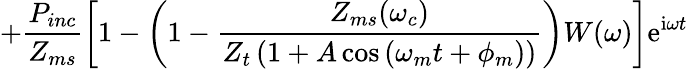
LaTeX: +\frac{P_{inc}}{Z_{ms}}\left[1-\left(1-\frac{Z_{ms}(\omega_{c})}{Z_{t}\left(1+A\cos\left(\omega_{m}t+\phi_{m}\right)\right)}\right)W(\omega)\right]\textrm{e}^{\textrm{i}\omega t}